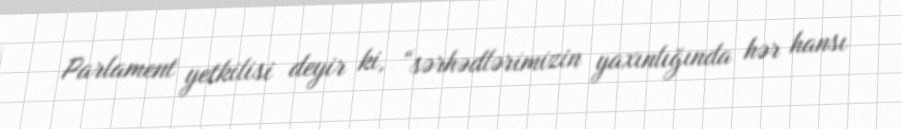
Parlament yetkilisi deyir ki, “sərhədlərimizin yaxınlığında hər hansı